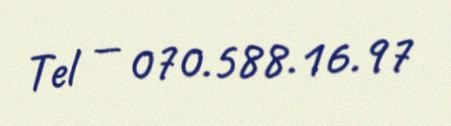
Tel — 070.588.16.97